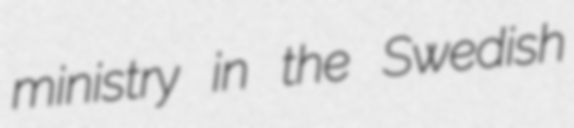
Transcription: ministry in the Swedish